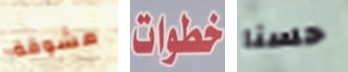
مشوقة خطوات حسنا